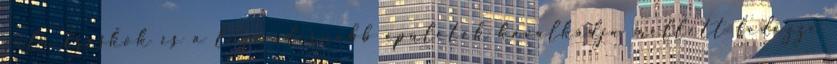
zulu freskók és a legmodernebb épületek kavalkádja mellett fedezze